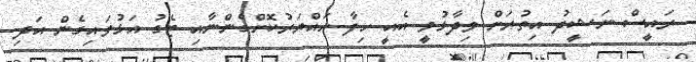
ރައީސް ނަޝީދު އިތުރަށް ވިދާޅުވީ އެއީ ހިފާ ހައްޔަރުކޮށްގެންނާއި ޓެގު އަޅުވައިގެން އަދި